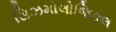
સિઝમોલોજિકલ